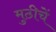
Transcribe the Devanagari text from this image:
मुठीचें